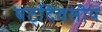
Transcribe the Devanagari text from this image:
षट्‌दिवसीय